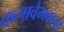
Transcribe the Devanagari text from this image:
कलावैभवाचा